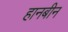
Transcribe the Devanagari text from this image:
हानबीन